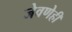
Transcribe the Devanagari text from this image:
जेवणेही